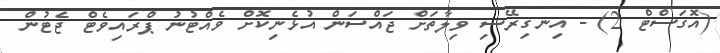
(އޮގަސްްޓް 2) - އިނގިރޭސި ވިލާތަށް ޖައްސަން އުޅެނިކޮށް ވެއްޓުނު ޕްރައިވެޓް ޖެޓުން